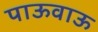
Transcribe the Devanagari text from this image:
पाऊवाऊ